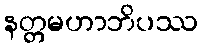
နတ္တမဟာဘိပဿ